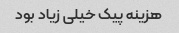
هزینه پیک خیلی زیاد بود